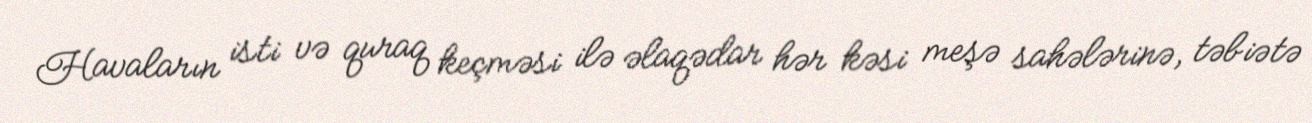
Havaların isti və quraq keçməsi ilə əlaqədar hər kəsi meşə sahələrinə, təbiətə